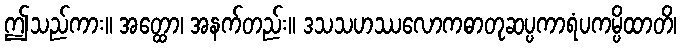
ဤသည်ကား။ အတ္ထော၊ အနက်တည်း။ ဒသသဟဿလောကဓာတုဆပ္ပကာရံပကမ္ပိထာတိ၊